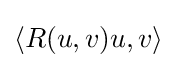
\langle R(u,v)u,v\rangle